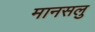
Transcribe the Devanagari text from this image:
मानसलु